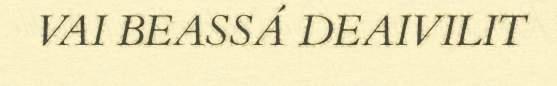
VAI BEASSÁ DEAIVILIT